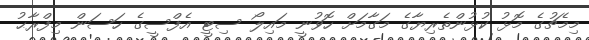
މިމެޗުގެ މޮޅު ކުޅުންތެރިޔާގެ މަގާމަށް ހޮވުނީ މައިލޯ ސިޓީ އެފްސީގެ ހަސަން މިފްރާޙު